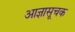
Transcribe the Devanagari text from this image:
आज्ञासूचक